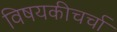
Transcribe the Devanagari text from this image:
विषयकीचर्चा